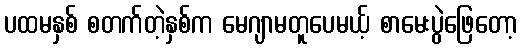
ပထမနှစ် စတက်တဲ့နှစ်က မေဂျာမတူပေမယ့် စာမေးပွဲဖြေတော့